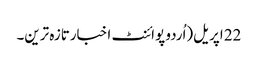
22 اپریل(اُردو پوائنٹ اخبارتازہ ترین۔